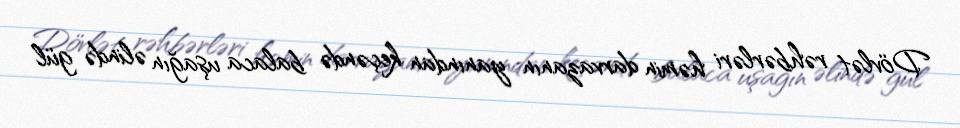
Dövlət rəhbərləri həmin darvazanın yanından keçəndə balaca uşağın əlində gül